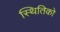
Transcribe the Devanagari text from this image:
स्थितिको